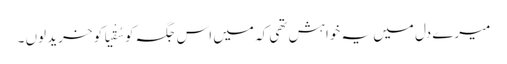
میرے دل میں یہ خواہش تھی کہ میں اس جگہ کو سُقْیَا کو خرید لوں ۔